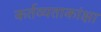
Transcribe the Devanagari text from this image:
कर्तव्यताकांक्षा